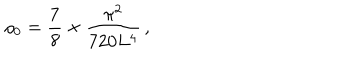
\rho _ { 0 } = { \frac { 7 } { 8 } } \times { \frac { \pi ^ { 2 } } { 7 2 0 L ^ { 4 } } } \, ,